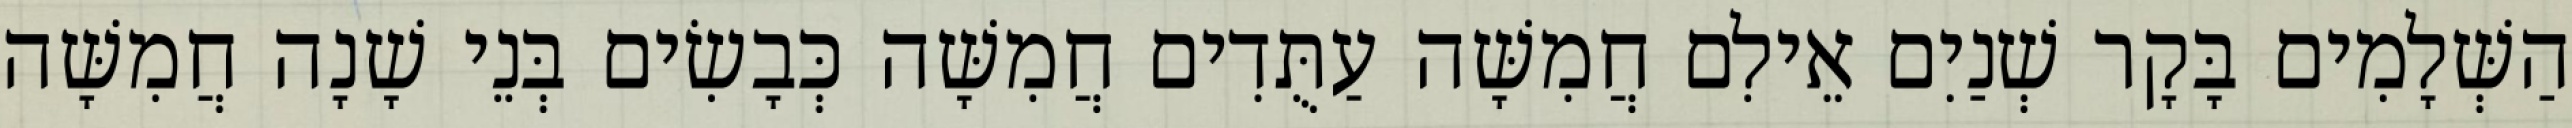
הַשְּׁלָמִים בָּקָר שְׁנַיִם אֵילִם חֲמִשָּׁה עַתֻּדִים חֲמִשָּׁה כְּבָשִׂים בְּנֵי שָׁנָה חֲמִשָּׁה